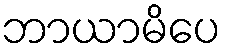
ဘာယာမိပေ